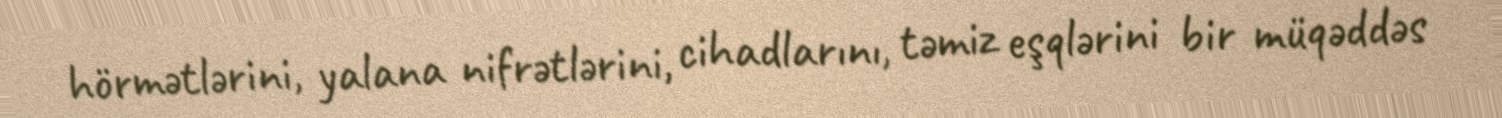
hörmətlərini, yalana nifrətlərini, cihadlarını, təmiz eşqlərini bir müqəddəs